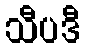
သီပဒီ